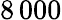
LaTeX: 8\, 000